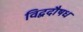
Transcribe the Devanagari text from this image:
विद्वदौषध